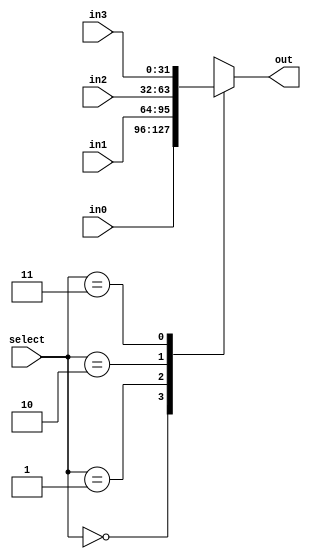
module antares_mux_4_1 #(parameter WIDTH = 32)
    (
     input [1:0]            select,
     input [WIDTH-1:0]      in0,
     input [WIDTH-1:0]      in1,
     input [WIDTH-1:0]      in2,
     input [WIDTH-1:0]      in3,
     output reg [WIDTH-1:0] out
     );

    always @ ( /*AUTOSENSE*/in0 or in1 or in2 or in3 or select) begin
        case (select)
            2'b00: out = in0;
            2'b01: out = in1;
            2'b10: out = in2;
            2'b11: out = in3;
        endcase // case (select)
    end // always @ (...

endmodule